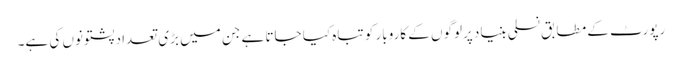
رپورٹ کے مطابق نسلی بنیاد پرلوگوں کے کاروبار کو تباہ کیا جاتا ہے جن میں بڑی تعداد پشتونوں کی ہے۔